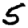
Digit: 5